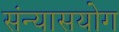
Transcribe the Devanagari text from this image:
संन्यासयोग